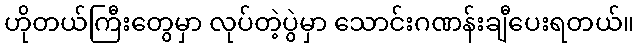
ဟိုတယ်ကြီးတွေမှာ လုပ်တဲ့ပွဲမှာ သောင်းဂဏန်းချီပေးရတယ်။